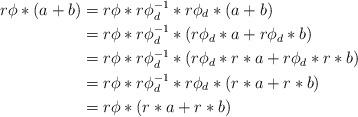
LaTeX: \begin{align*} r \phi * (a+b) &= r \phi * r \phi_d^{-1} * r\phi_d * (a+b)\\ &= r \phi * r \phi_d^{-1} *(r\phi_d * a + r\phi_d*b) \\ &= r \phi * r \phi_d^{-1} *(r\phi_d * r*a + r\phi_d*r*b) \\ &= r \phi * r \phi_d^{-1} *r\phi_d * (r*a + r*b) \\ &= r \phi * (r*a + r*b) \end{align*}